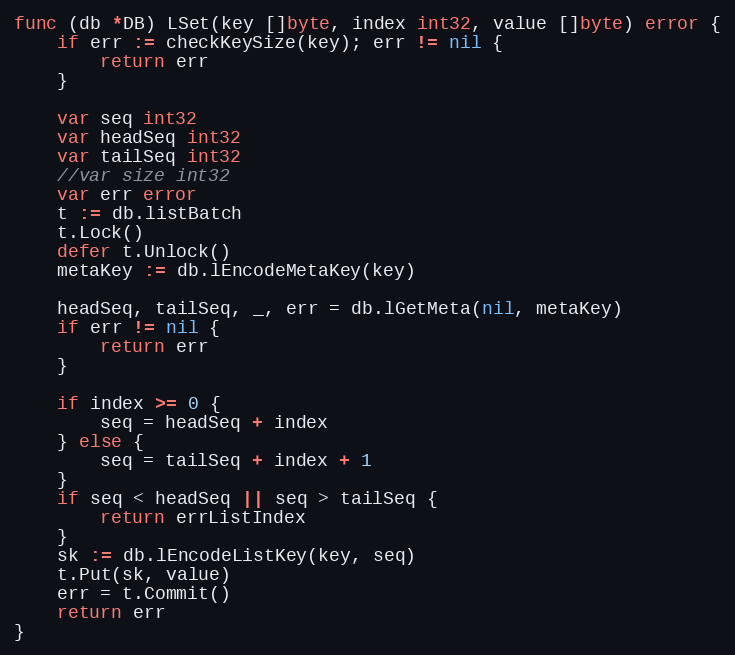
Language: Go
func (db *DB) LSet(key []byte, index int32, value []byte) error {
	if err := checkKeySize(key); err != nil {
		return err
	}

	var seq int32
	var headSeq int32
	var tailSeq int32
	//var size int32
	var err error
	t := db.listBatch
	t.Lock()
	defer t.Unlock()
	metaKey := db.lEncodeMetaKey(key)

	headSeq, tailSeq, _, err = db.lGetMeta(nil, metaKey)
	if err != nil {
		return err
	}

	if index >= 0 {
		seq = headSeq + index
	} else {
		seq = tailSeq + index + 1
	}
	if seq < headSeq || seq > tailSeq {
		return errListIndex
	}
	sk := db.lEncodeListKey(key, seq)
	t.Put(sk, value)
	err = t.Commit()
	return err
}